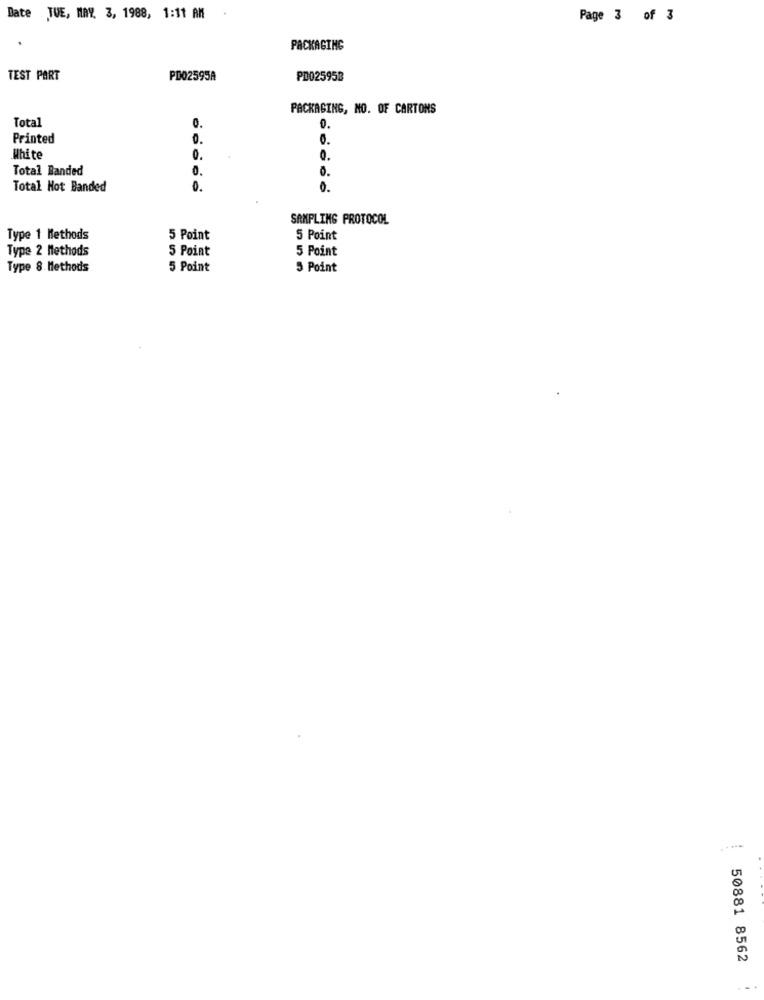
Date TUE, MAY. 3, 1988, 1:11 AM
Page 3 of 3
PACKAGING
TEST PART
PD02595A
PD025958
PACKAGING, NO. OF CARTONS
Total
0.
Printed
0.
White
0.
0.
Total Banded
0.
Total Not Banded
0.
0.
SAMPLING PROTOCOL
Type 1 Methods
5 Point
5 Point
Type 2 Methods
5 Point
5 Point
Type 8. Methods
5 Point
5 Point
....
50881 8562